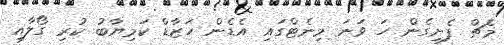
މެޗް ފެށިގެން ހަ ވަނަ މިނެޓްގައި އެޑެން ހަޒާޑް ކަމިޔާބު ކުރި ގޯލާއި